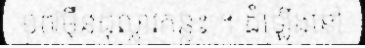
១៧ម៉ឺនដុល្លារកន្លះ ។ ដំឡើងនៅ